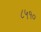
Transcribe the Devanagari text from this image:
८५१०